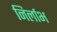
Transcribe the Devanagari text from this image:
निर्लाभ